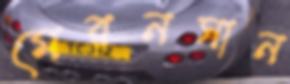
মেরনসান